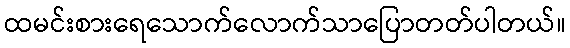
ထမင်းစားရေသောက်လောက်သာပြောတတ်ပါတယ်။